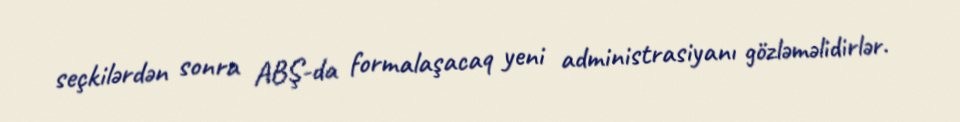
seçkilərdən sonra ABŞ-da formalaşacaq yeni administrasiyanı gözləməlidirlər.